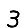
Digit: 3